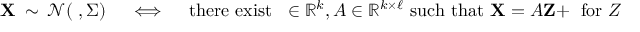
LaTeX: \mathbf { X } \ \sim \ { \mathcal { N } } ( \mathbf { \mu } , { \boldsymbol { \Sigma } } ) \quad \iff \quad { \mathrm { t h e r e ~ e x i s t ~ } } \mathbf { \mu } \in \mathbb { R } ^ { k } , { \boldsymbol { A } } \in \mathbb { R } ^ { k \times \ell } { \mathrm { ~ s u c h ~ t h a t ~ } } \mathbf { X } = { \boldsymbol { A } } \mathbf { Z } + \mathbf { \mu } { \mathrm { ~ f o r ~ } } Z _ { n } \sim \ { \mathcal { N } } ( 0 , 1 ) , { \mathrm { i . i . d . } }